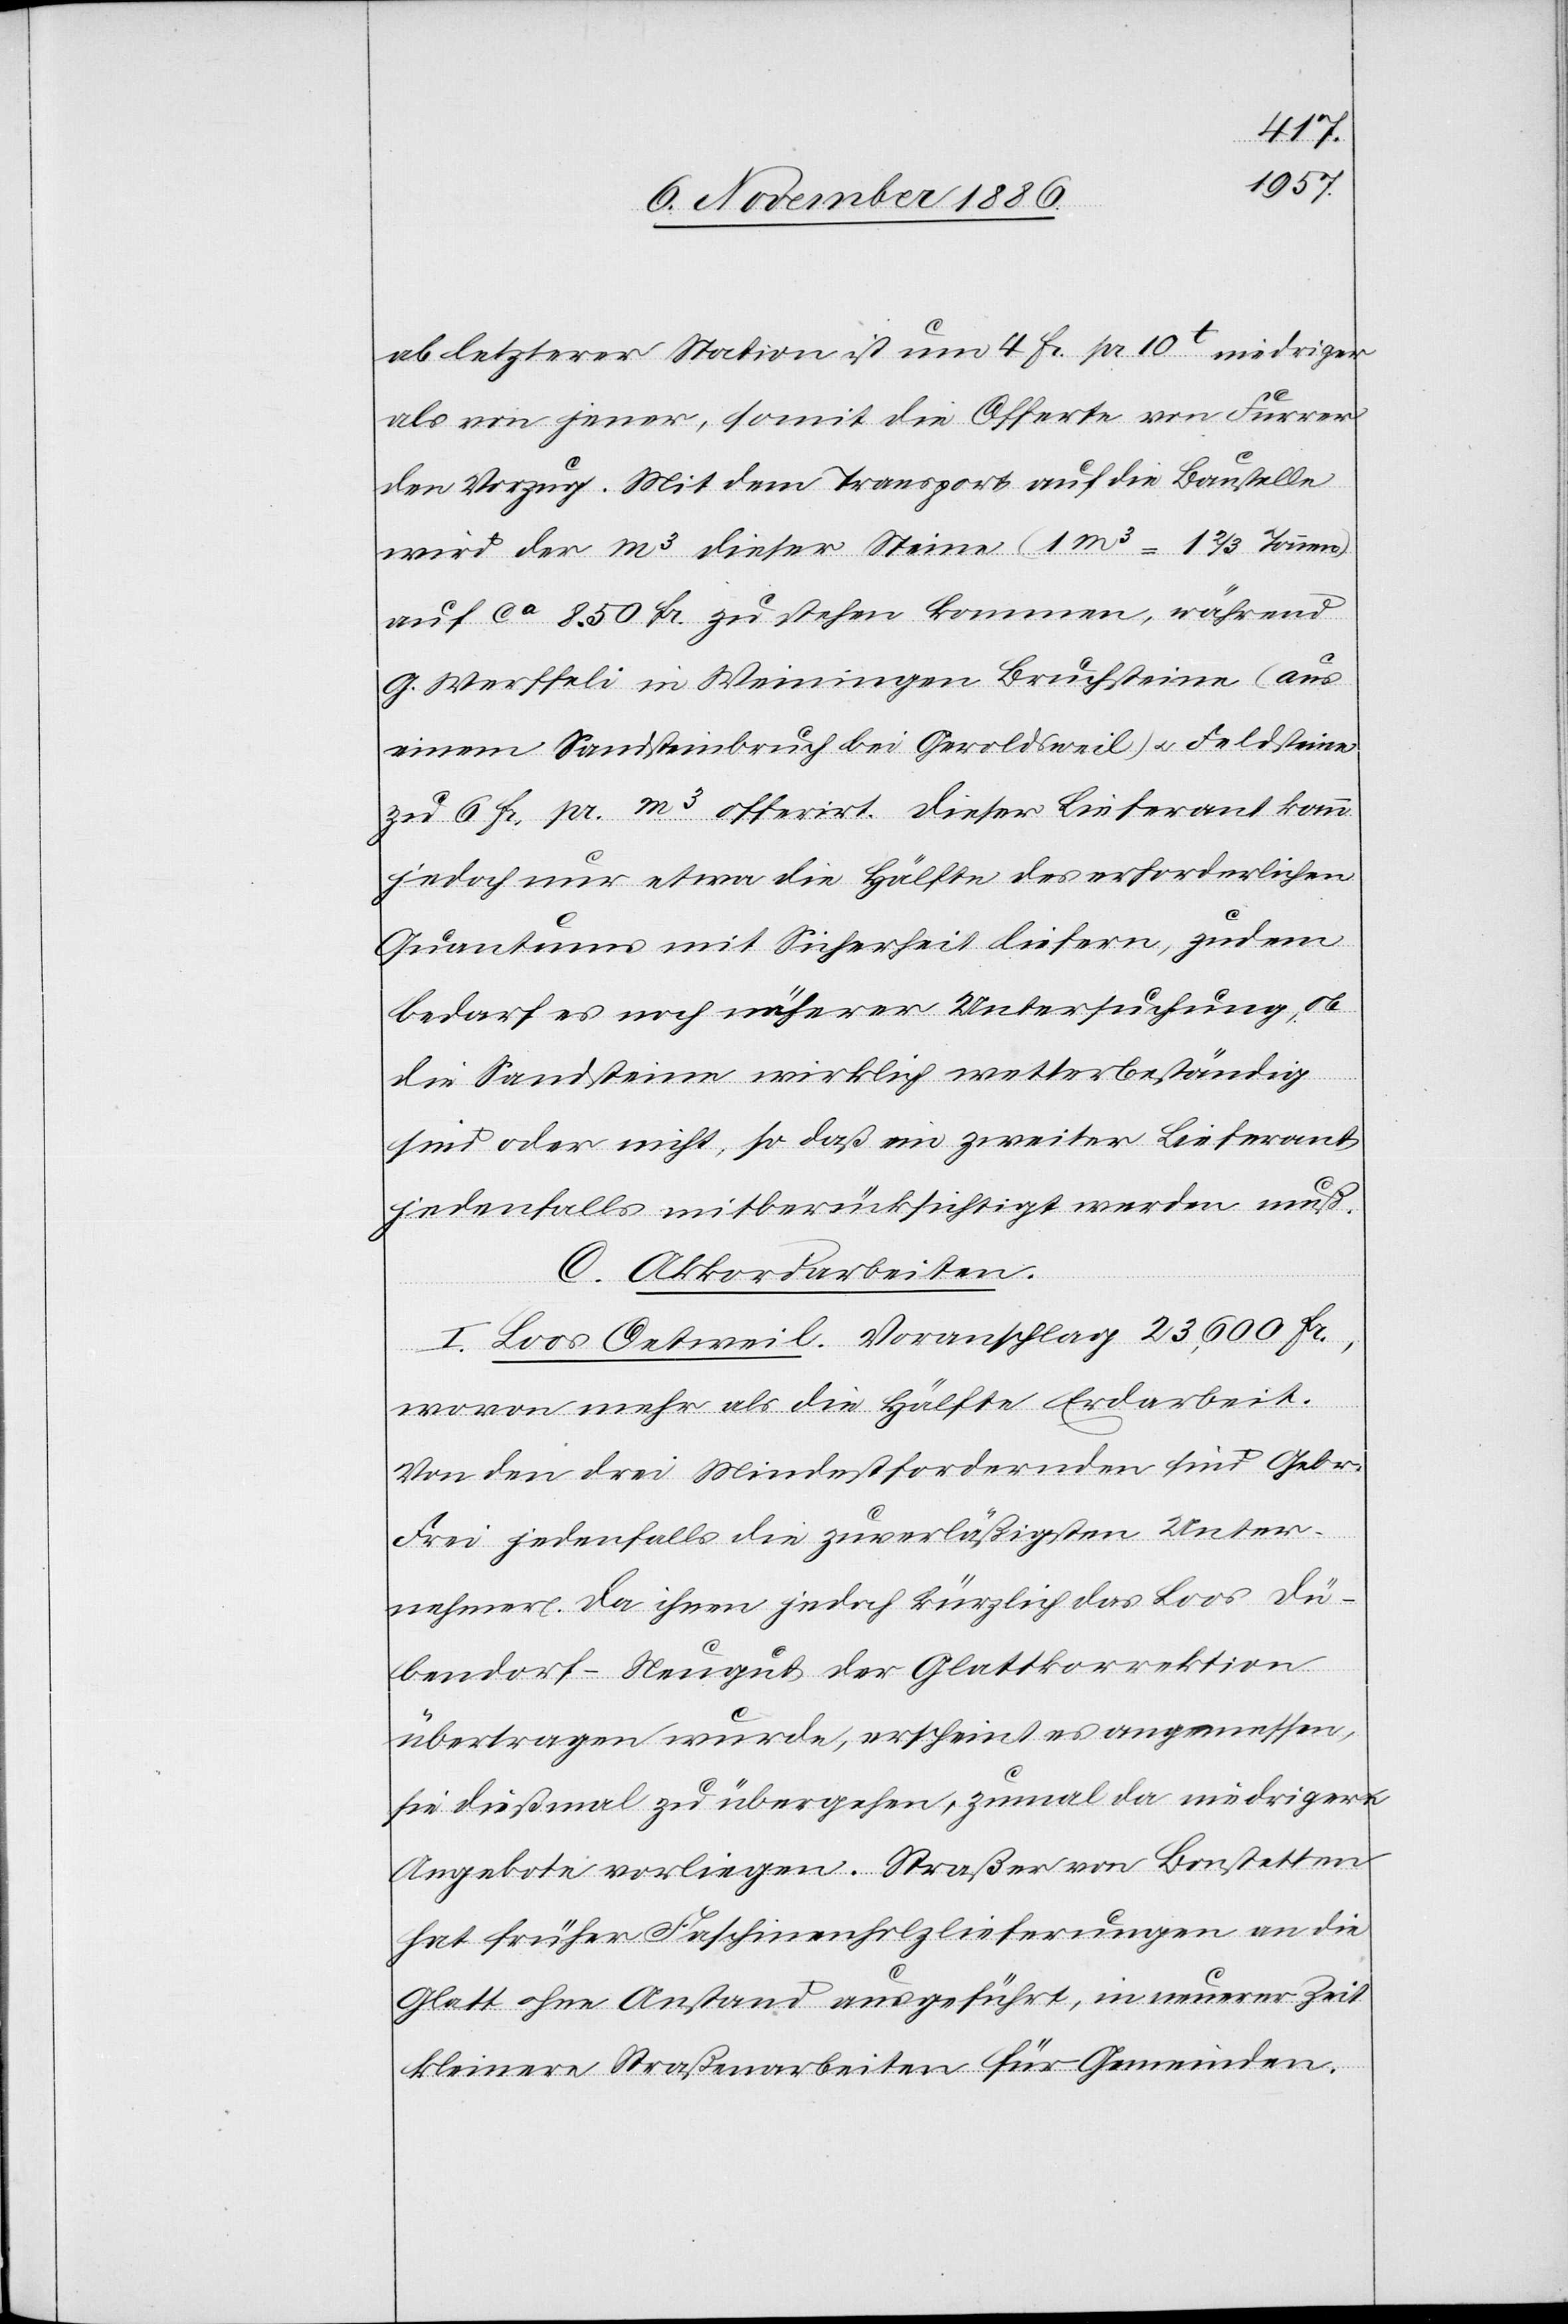
ab letzterer Station ist um 4 Fr. pr. 10t niedriger
als von jener, somit die Offerte von Furrer
den Vorzug [sic!]. Mit dem Transport auf die Baustelle
wird der m3 dieser Steine (1m3 = 1 2/3 Tonnen)
auf ca 8.50 Fr. zu stehen kommen, während
G. Werffeli in Weiningen Bruchsteine (aus
einem Sandsteinbruch bei Geroldsweil) & Feldsteine
zu 6 Fr. pr. m3 offerirt. Dieser Lieferant kann
jedoch nur etwa die Hälfte des erforderlichen
Quantums mit Sicherheit liefern, zudem
bedarf es noch näherer Untersuchung, ob
die Sandsteine wirklich wetterbeständig
sind oder nicht, so daß ein zweiter Lieferant
jedenfalls mitberücksichtigt werden muß.
C. Akkordarbeiten.
I. Loos Oetweil. Voranschlag 23,600 Fr.,
woran mehr als die Hälfte Erdarbeit.
Von den drei Mindestfordernden sind Gebr.
Frei jedenfalls die zuverläßigsten Unter¬
nehmer. Da ihnen jedoch kürzlich das Loos Dü¬
bendorf–Neugut der Glattkorrektion
übertragen wurde, erscheint es angemessen,
sie dießmal zu übergehen, zumal da niedrigere
Angebote vorliegen. Straßer von Bonstetten
hat früher Faschinenholzlieferungen an die
Glatt ohne Anstand ausgeführt, in neuerer Zeit
kleinere Straßenarbeiten für Gemeinden.